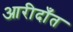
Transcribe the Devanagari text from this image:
आरीदाँत